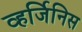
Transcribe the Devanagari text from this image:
व्हर्जिनिस